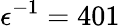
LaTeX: \epsilon^{-1}=401